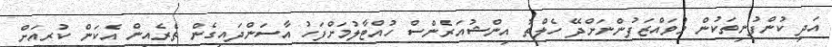
އަދި ކުންފުނިތަކުން މުވައްޒަފުންނަށްދޭ ހެލްތު އިންޝުއަރެންސް ހުއްޓާލުމަށްފަހު އާސަންދައިގެން ތެރެއިން އެކަން ކުރިއަށް